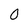
Character: O